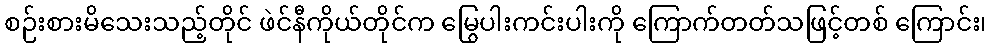
စဉ်းစားမိသေးသည့်တိုင် ဖဲင်နီကိုယ်တိုင်က မြွေပါးကင်းပါးကို ကြောက်တတ်သဖြင့်တစ် ကြောင်း၊